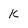
Character: k